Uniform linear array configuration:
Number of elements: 32
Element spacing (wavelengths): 0.25
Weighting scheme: hann
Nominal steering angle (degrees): -45
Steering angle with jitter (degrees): -43.173
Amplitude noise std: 0.05
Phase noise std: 0.05

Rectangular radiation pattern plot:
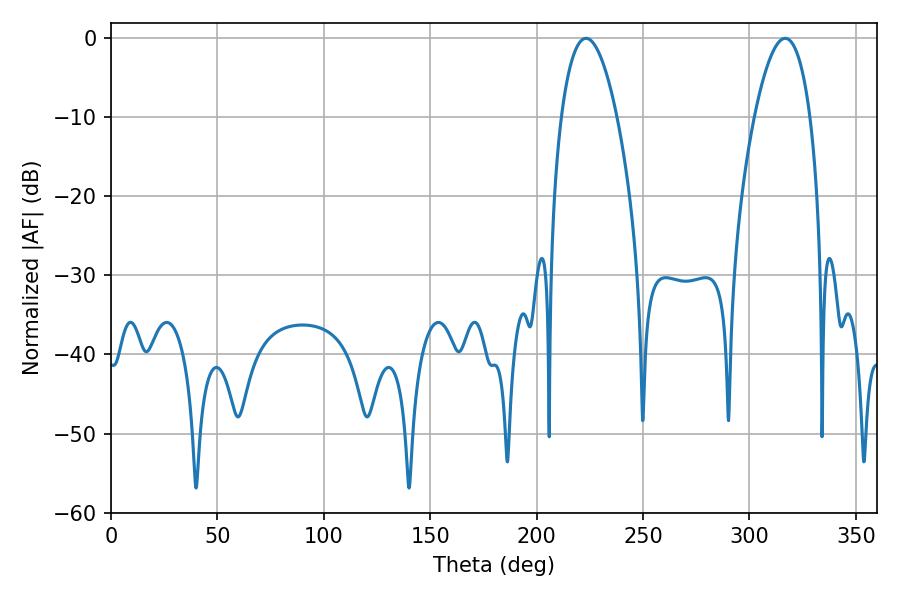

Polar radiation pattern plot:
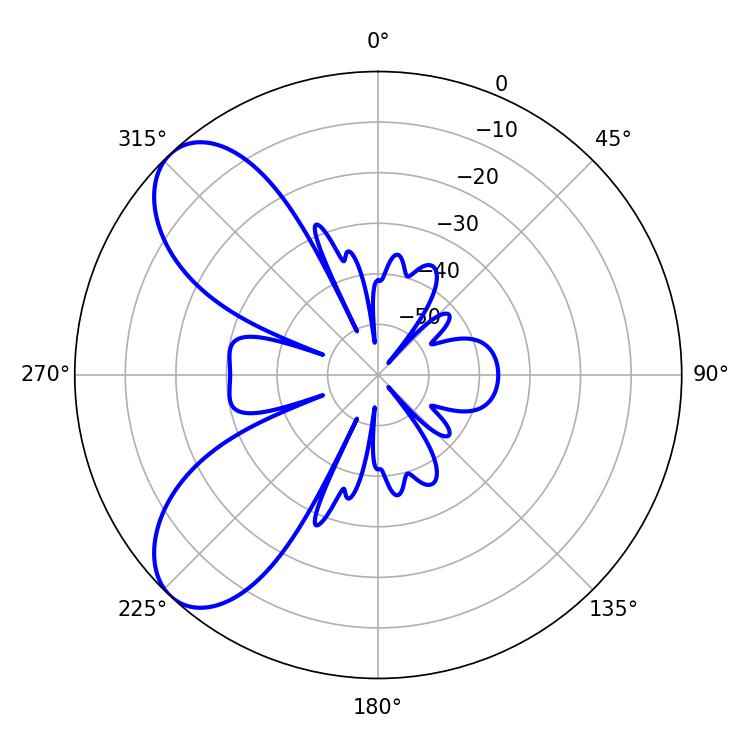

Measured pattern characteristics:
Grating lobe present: FALSE
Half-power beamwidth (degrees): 14.58
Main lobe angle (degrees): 223.2